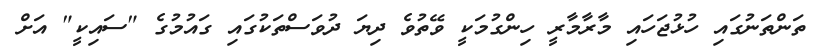
ތަންތަނުގައި ހުޅުޖަހައި މާރާމާރީ ހިންގުމަކީ ވޭތުވެ ދިޔަ ދުވަސްތަކުގައި ގައުމުގެ "ސައިކީ" އަށް